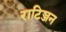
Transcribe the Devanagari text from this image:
राटिञ्जन